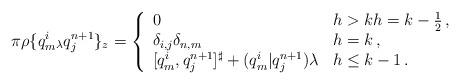
LaTeX: \begin{align*}\pi\rho\{{q^i_m} {}_\lambda q^{n+1}_j\}_z=\left\{\begin{array}{ll}0 & h>k h=k-\frac12 \,, \\\delta_{i,j}\delta_{n,m} & h=k \,, \\{[q^i_m,q^{n+1}_j]^\sharp}+(q^i_m|q^{n+1}_j)\lambda & h\leq k-1\,.\end{array}\right.\end{align*}